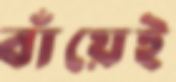
বাঁয়েই